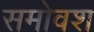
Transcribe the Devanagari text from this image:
समोवश